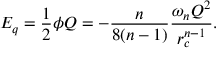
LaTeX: E _ { q } = \frac { 1 } { 2 } \phi Q = - \frac { n } { 8 ( n - 1 ) } \frac { \omega _ { n } Q ^ { 2 } } { r _ { c } ^ { n - 1 } } .